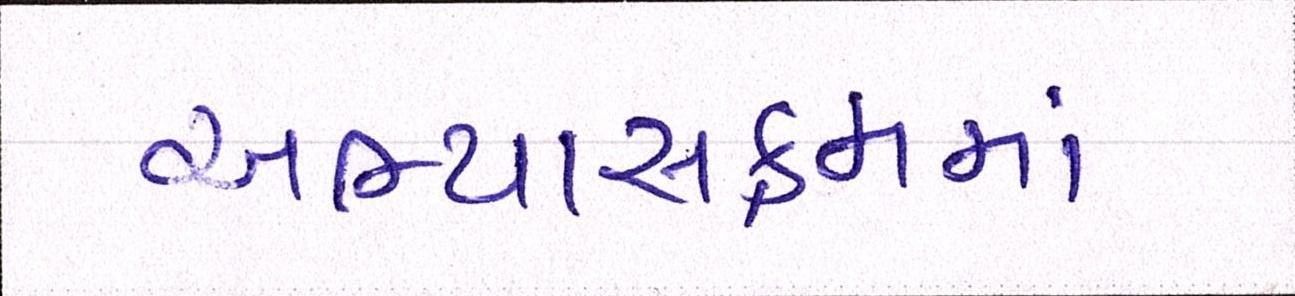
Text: અભ્યાસક્રમમાં